Civil Veterinary Department. Madras. Admin. report 1926-33 - 1926-1933
Year: 1926
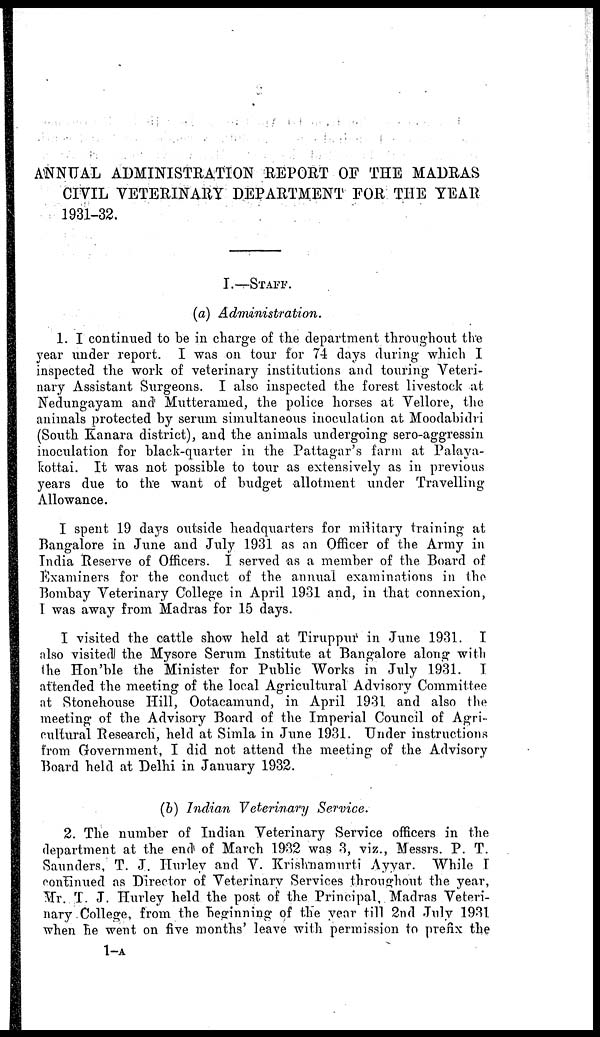
ANNUAL ADMINISTRATION REPORT OF THE MADRAS
CIVIL VETERINARY DEPARTMENT FOR THE YEAR
1931-32.
I.—STAFF
(a) Administration.
1. I continued to be in charge of the department throughout the
year under report. I was on tour for 74 days during which I
inspected the work of veterinary institutions and touring Veteri-
nary Assistant Surgeons. I also inspected the forest livestock at
Nedungayam and Mutteramed, the police horses at Vellore, the
animals protected by serum simultaneous inoculation at Moodabidri
(South Kanara district), and the animals undergoing sero-aggressin
inoculation for black-quarter in the Pattagar's farm at Palaya-
kottai. It was not possible to tour as extensively as in previous
years due to the want of budget allotment under Travelling
Allowance.
I spent 19 days outside headquarters for military training at
Bangalore in June and July 1931 as an Officer of the Army in
India Reserve of Officers. I served as a member of the Board of
Examiners for the conduct of the annual examinations in the
Bombay Veterinary College in April 1931 and, in that connexion,
I was away from Madras for 15 days.
I visited the cattle show held at Tiruppur in June 1931. I
also visited the Mysore Serum Institute at Bangalore along with
the Hon'ble the Minister for Public Works in July 1931. I
attended the meeting of the local Agricultural Advisory Committee
at Stonehouse Hill, Ootacamund, in April 1931 and also the
meeting of the Advisory Board of the Imperial Council of Agri-
cultural Research, held at Simla in June 1931. Under instructions
from Government, I did not attend the meeting of the Advisory
Board held at Delhi in January 1932.
(b) Indian Veterinary
Service.
2. The number of Indian Veterinary Service officers in the
department at the end of March 1932 was 3, viz., Messrs. P. T.
Saunders, T. J. Hurley and V. Krislmamurti Ayyar. While I
continued as Director of Veterinary Services throughout the year,
Mr. T. J. Hurley held the post of the Principal, Madras Veteri-
nary College, from the beginning of the year till 2nd July 1931
when he went on five months' leave with permission to prefix the
1-A